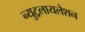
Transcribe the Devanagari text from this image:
न्युट्रलायलेशन